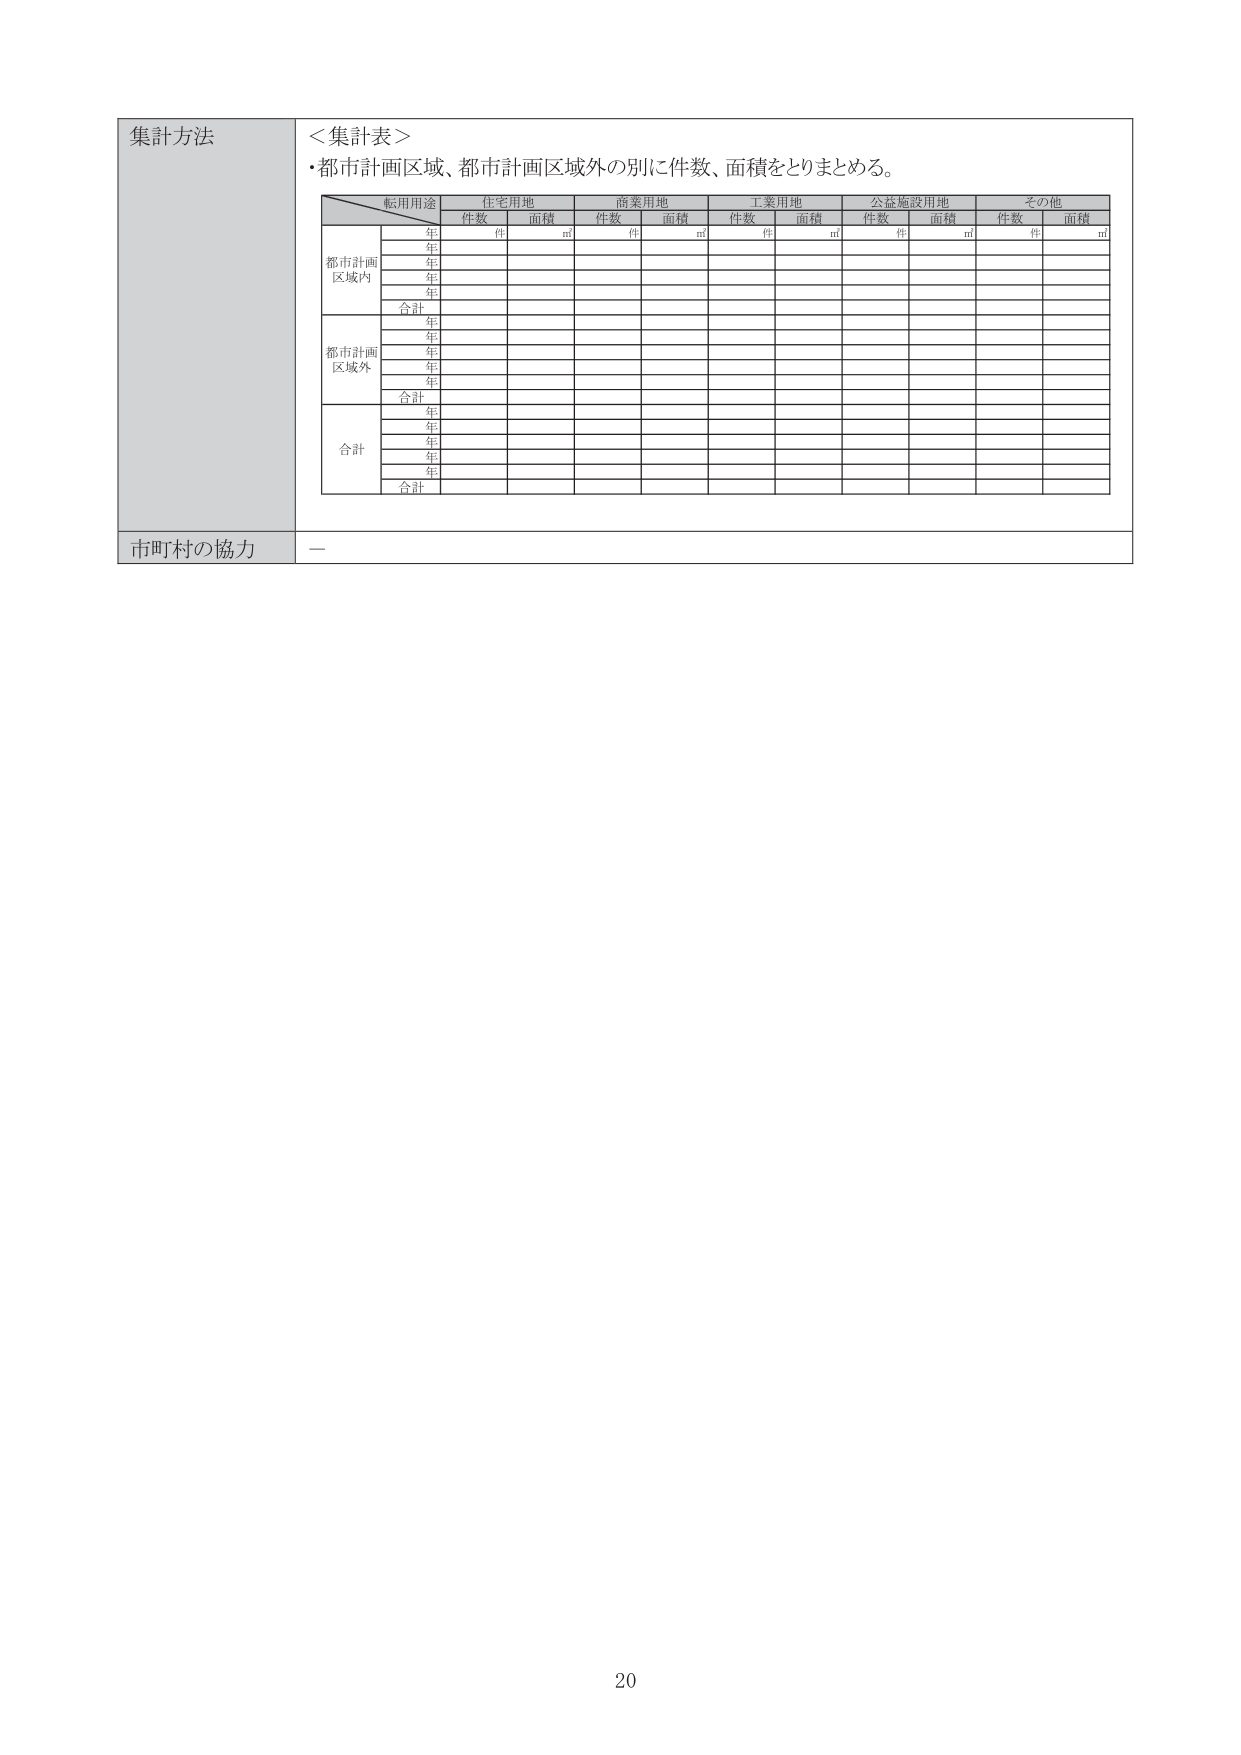
集計方法
＜集計表＞
・都市計画区域、都市計画区域外の別に件数、面積をとりまとめる。

転用用途 住宅用地 商業用地 工業用地 公益施設用地 その他
　　　　 件数 ㎡ 件数 ㎡ 件数 ㎡ 件数 ㎡ 件数 ㎡
都市計画区域内
　年
　年
　年
　年
　合計
都市計画区域外
　年
　年
　年
　年
　合計
合計
　年
　年
　年
　年
　合計

市町村の協力 —

20